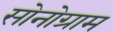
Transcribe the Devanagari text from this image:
सोनोग्राम